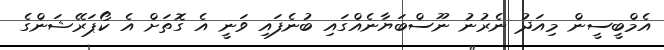
އެމްބީސީން މިއަދު ނެރުނު ނޫސްބަޔާނެއްގައި ބުނެފައި ވަނީ އެ ގޮތަށް އެ ކޯޕަރޭޝަންގެ